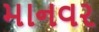
માનવર